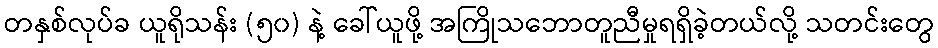
တနှစ်လုပ်ခ ယူရိုသန်း (၅၀) နဲ့ ခေါ်ယူဖို့ အကြိုသဘောတူညီမှုရရှိခဲ့တယ်လို့ သတင်းတွေ